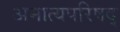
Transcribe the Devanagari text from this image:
अमात्यपरिषद्